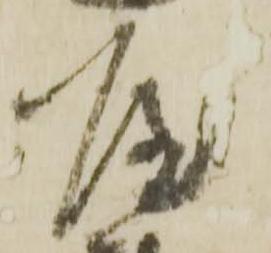
屋